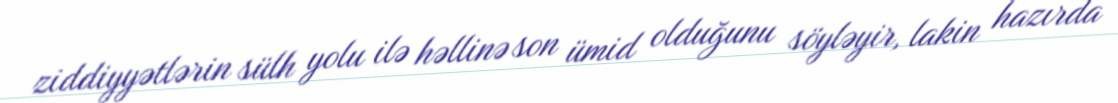
ziddiyyətlərin sülh yolu ilə həllinə son ümid olduğunu söyləyir, lakin hazırda